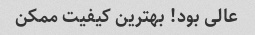
عالی بود! بهترین کیفیت ممکن